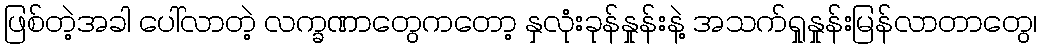
ဖြစ်တဲ့အခါ ပေါ်လာတဲ့ လက္ခဏာတွေကတော့ နှလုံးခုန်နှုန်းနဲ့ အသက်ရှုနှုန်းမြန်လာတာတွေ၊